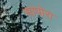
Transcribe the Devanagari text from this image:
सापोरा